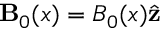
\mathbf { B } _ { 0 } ( x ) = B _ { 0 } ( x ) \hat { \mathbf { z } }